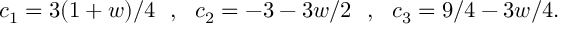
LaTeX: c _ { 1 } = 3 ( 1 + w ) / 4 \: \: \: , \: \: \: c _ { 2 } = - 3 - 3 w / 2 \: \: \: , \: \: \: c _ { 3 } = 9 / 4 - 3 w / 4 .